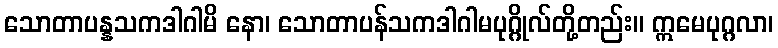
သောတာပန္နသကဒါဂါမိ နော၊ သောတာပန်သကဒါဂါမပုဂ္ဂိုလ်တို့တည်း။ ဣမေပုဂ္ဂလာ၊